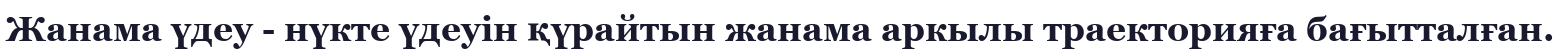
Жанама үдеу - нүкте үдеуін қүрайтын жанама аркылы траекторияға бағытталған.